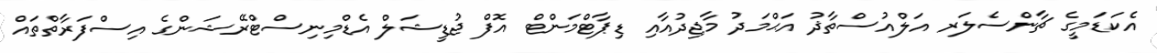
އެކަޑަމީގެ ޗާންސެލަރ އަލްއުސްތާޛު އަޙްމަދު މާޖިދުއާއި ޑިޕާޓްމަންޓް އޮފް ޖުޑީޝަލް އެޑްމިނިސްޓްރޭޝަންގެ އިސްފަރާތްތައް